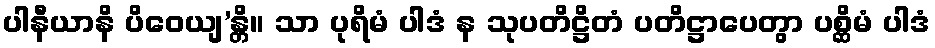
ပါနီယာနိ ပိဝေယျ’န္တိ။ သာ ပုရိမံ ပါဒံ န သုပတိဋ္ဌိတံ ပတိဋ္ဌာပေတွာ ပစ္ဆိမံ ပါဒံ